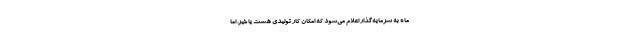
ماه به سرمایه‌گذار اعلام می‌شود که امکان کار تولیدی هست یا خیر. اما